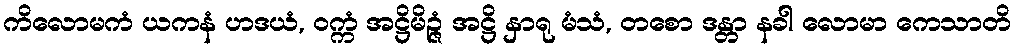
ကိလောမကံ ယကနံ ဟဒယံ, ဝက္ကံ အဋ္ဌိမိဉ္ဇံ အဋ္ဌိ နှာရု မံသံ, တစော ဒန္တာ နခါ လောမာ ကေသာတိ